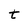
Character: t